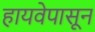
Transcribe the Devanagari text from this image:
हायवेपासून